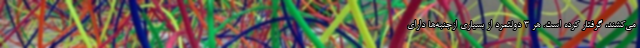
می‌کشند، گرفتار کرده است. هر 3 دولتمرد از بسیاری ازجنبه‌ها دارای